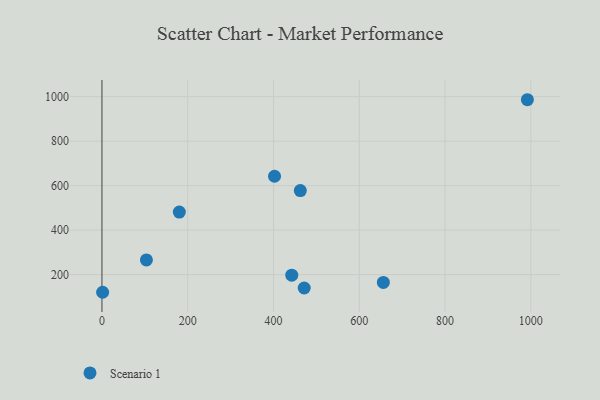
{"axis": {"x": "Price", "y": "Demand"}, "legend": ["Scenario 1"], "data": [{"x": "471.6", "y": 139.7, "type": "Scenario 1"}, {"x": "656.1", "y": 164.8, "type": "Scenario 1"}, {"x": "103.7", "y": 265.8, "type": "Scenario 1"}, {"x": "991.9", "y": 986.3, "type": "Scenario 1"}, {"x": "180.4", "y": 481.2, "type": "Scenario 1"}, {"x": "462.5", "y": 577.9, "type": "Scenario 1"}, {"x": "442.6", "y": 197.6, "type": "Scenario 1"}, {"x": "402.4", "y": 642.2, "type": "Scenario 1"}, {"x": "1.6", "y": 120.5, "type": "Scenario 1"}]}